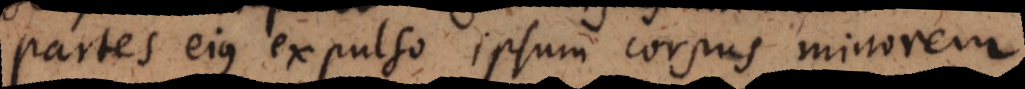
partes ejus expulso ipsum corpus minorem